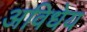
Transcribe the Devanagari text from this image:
अविधेय